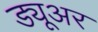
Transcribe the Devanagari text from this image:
ड्यूअर